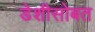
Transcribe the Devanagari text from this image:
डेशीसोबत